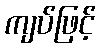
ကျပ်ဖြင့်